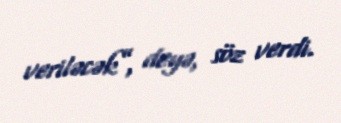
veriləcək”, deyə, söz verdi.